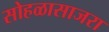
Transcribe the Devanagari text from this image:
सोहळासाजरा